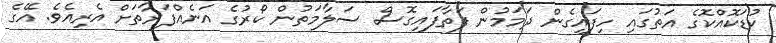
ކުޑަކޮއްކޮގެ އަތުގައި ހިފައިގެން ދަމަމުން ފަތާފައިގޮސް ސަލާމަތުން ކޯރުގެ އަނެއްފަރާތަށް އެރިއެވެ. އޭގެ